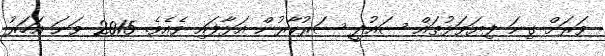
ވަރަށް ގިނަ ފިޔަވަޅުތައް ސައުދީ ސަރުކާރުން އަޅާފައި ވެއެވެ. 2015 ވަނަ އަހަރު